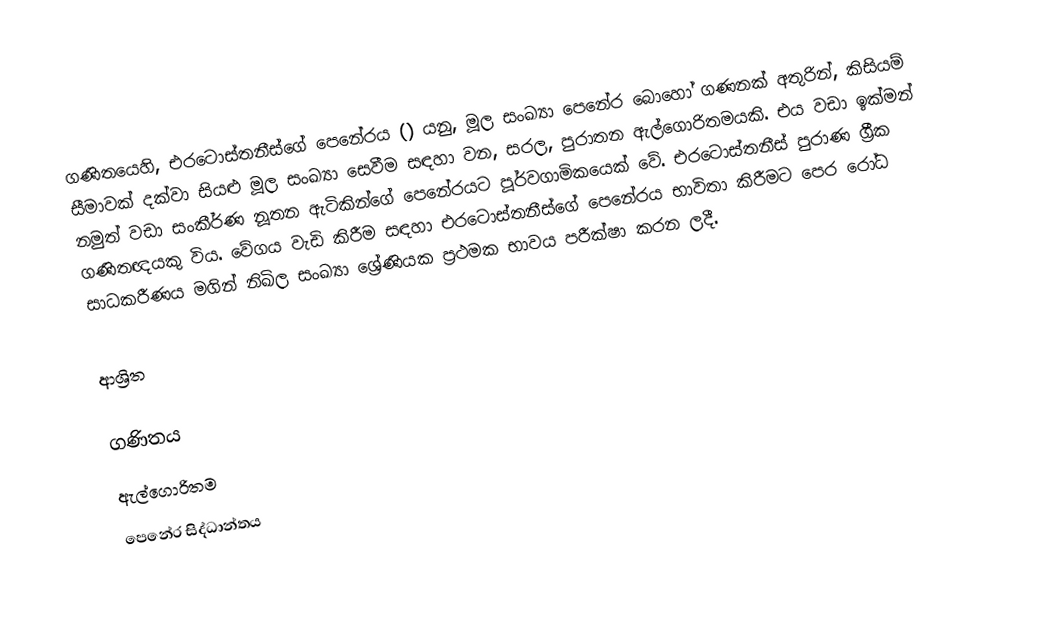
ගණිතයෙහි, එරටොස්තනීස්ගේ පෙනේරය () යනු, මූල සංඛ්‍යා පෙනේර බොහෝ ගණනක් අතුරින්, කිසියම් සීමාවක් දක්වා සියළු මූල සංඛ්‍යා සෙවීම සඳහා වන, සරල, පුරාතන ඇල්ගොරිතමයකි.  එය වඩා ඉක්මන් නමුත් වඩා සංකීර්ණ නූතන ඇටිකින්ගේ පෙනේරයට පූර්වගාමිකයෙක් වේ.  එරටොස්තනීස් පුරාණ ග්‍රීක ගණිතඥයකු විය.  වේගය වැඩි කිරීම සඳහා එරටොස්තනීස්ගේ පෙනේරය භාවිතා කිරීමට පෙර රෝධ සාධකරීණය මගින් නිඛිල සංඛ්‍යා ශ්‍රේණියක ප්‍රථමක භාවය පරීක්ෂා කරන ලදී.

ආශ්‍රිත

ගණිතය
ඇල්ගොරිතම
පෙනේර සිද්ධාන්තය